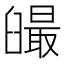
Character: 𦦣